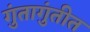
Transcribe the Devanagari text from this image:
गुंतागुंतीत